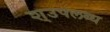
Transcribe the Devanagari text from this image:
श्उपलब्ध